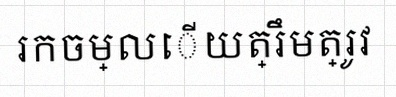
រកចម្លើយត្រឹមត្រូវ